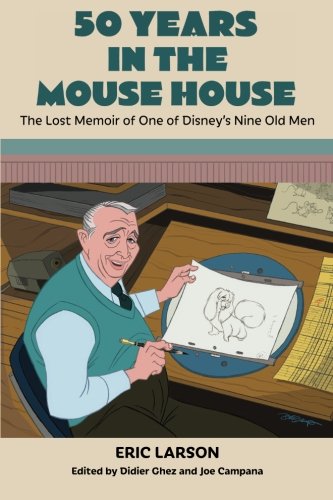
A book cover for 50 Years in the Mouse House: The Lost Memoir of One of Disney's Nine Old Men; Eric Larson; Arts & Photography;